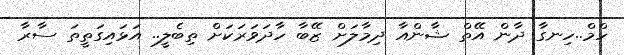
ހްމް..ހިނގާ ދާން އޭތް ޝާންއާ ދިމާލަށް ޒޭބާ ހާދަވަރަކަށް ތިބެލީ.. އަޅައިގަތީތަ ސާރާ